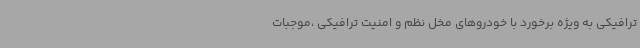
ترافیکی به ویژه برخورد با خودروهای مخل نظم و امنیت ترافیکی ،موجبات